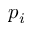
p _ { i }